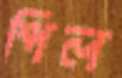
পিল